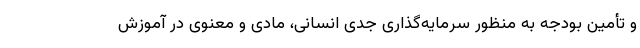
و تأمین بودجه به منظور سرمایه‌گذاری جدی انسانی، مادی و معنوی در آموزش